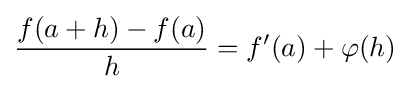
{\frac {f(a+h)-f(a)}{h}}=f'(a)+\varphi (h)